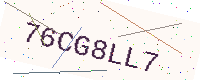
Text: 76CG8LL7